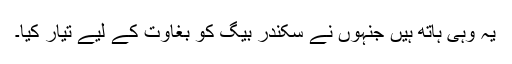
یہ وہی ہاتھ ہیں جنہوں نے سکندر بیگ کو بغاوت کے لیے تیار کیا۔